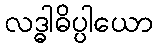
လဒ္ဓါဓိပ္ပါယော